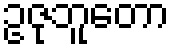
ဥဇုဘူတော